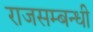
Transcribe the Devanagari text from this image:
राजसम्बन्धी